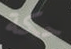
حكة